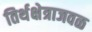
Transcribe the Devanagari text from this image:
तिर्थक्षेत्राजवळ